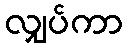
လျှပ်ကာ